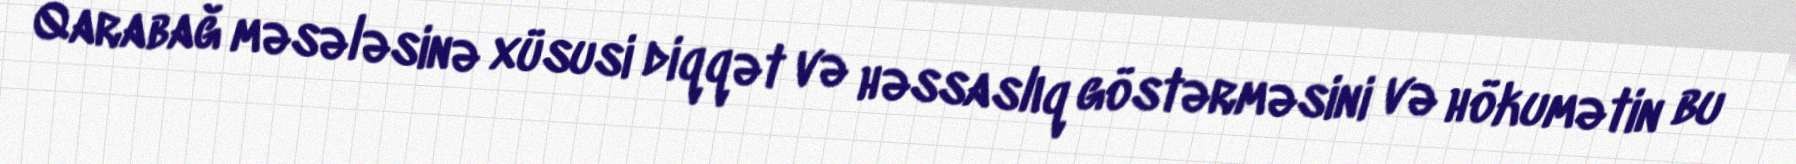
Qarabağ məsələsinə xüsusi diqqət və həssaslıq göstərməsini və hökumətin bu